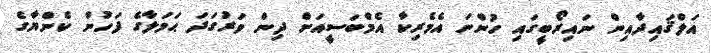
އަލްޤައިދާއިން ނައިރޯބީގައި ހުންނަ އެމެރިކާ އެމްބަސީއަށް ދިން ވަރުގަދަ ޙަމަލާގެ ފަހުން ކެންޔާގެ